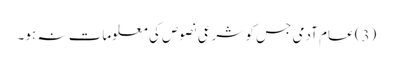
(3) عام آدمی جس کو شرعی نصوص کی معلومات نہ ہو۔